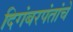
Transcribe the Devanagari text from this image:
दिगंबरपंतांचे